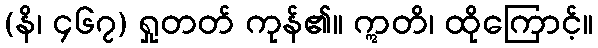
(နိ၊ ၄၆၇) ရှုတတ် ကုန်၏။ ဣတိ၊ ထိုကြောင့်။